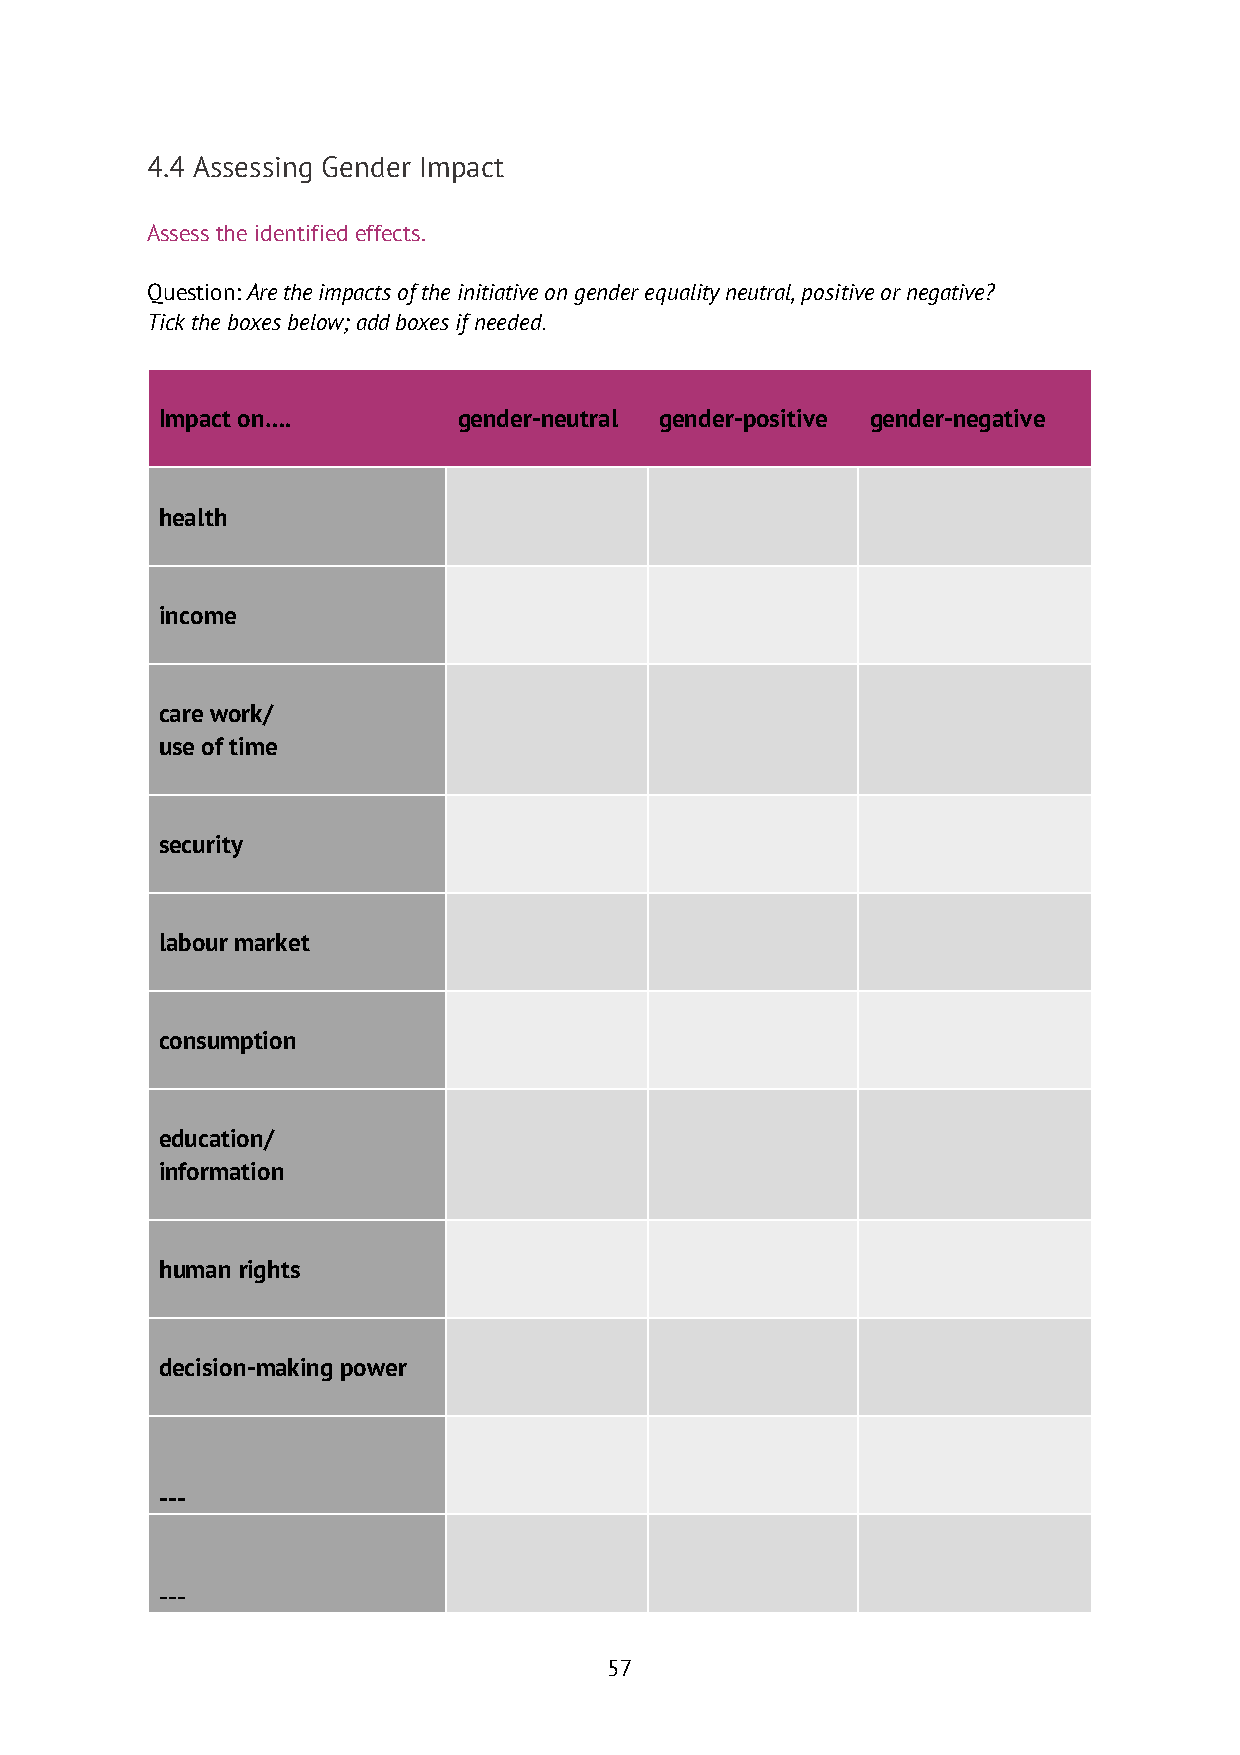
4.4 Assessing Gender Impact
 Assess the identified effects.
 Question: Are the impacts of the initiative on gender equality neutral, positive or negative?
 Tick the boxes below; add boxes if needed.
 Impact on….        gender-neutral gender-positive gender-negative
 health
 income
 care work/
 use of time
 security
 labour market
 consumption
 education/
 information
 human rights
 decision-making power
 ---
 ---
 57